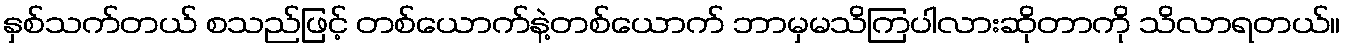
နှစ်သက်တယ် စသည်ဖြင့် တစ်ယောက်နဲ့တစ်ယောက် ဘာမှမသိကြပါလားဆိုတာကို သိလာရတယ်။